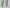
Text: 11